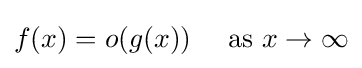
f(x)=o(g(x))\quad {\text{ as }}x\to \infty